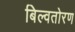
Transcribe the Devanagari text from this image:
बिल्वतोरण